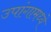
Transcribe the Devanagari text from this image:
उपांगामध्ये